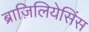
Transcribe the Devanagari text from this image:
ब्राज़िलियेसिंस